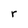
Character: r